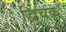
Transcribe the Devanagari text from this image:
द्विचक्र